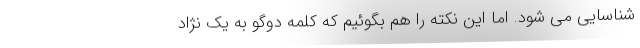
شناسایی می شود. اما این نکته را هم بگوئیم که کلمه دوگو به یک نژاد